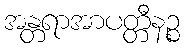
အန္တရာအာပတ္တီနဉ္စ